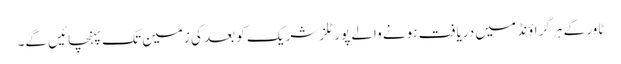
ٹاور کے ہر گراؤنڈ میں دریافت ہونے والے پورٹلز شریک کو بعد کی زمین تک پہنچائیں گے۔